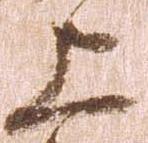
上